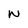
Character: N